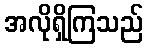
အလိုရှိကြသည်